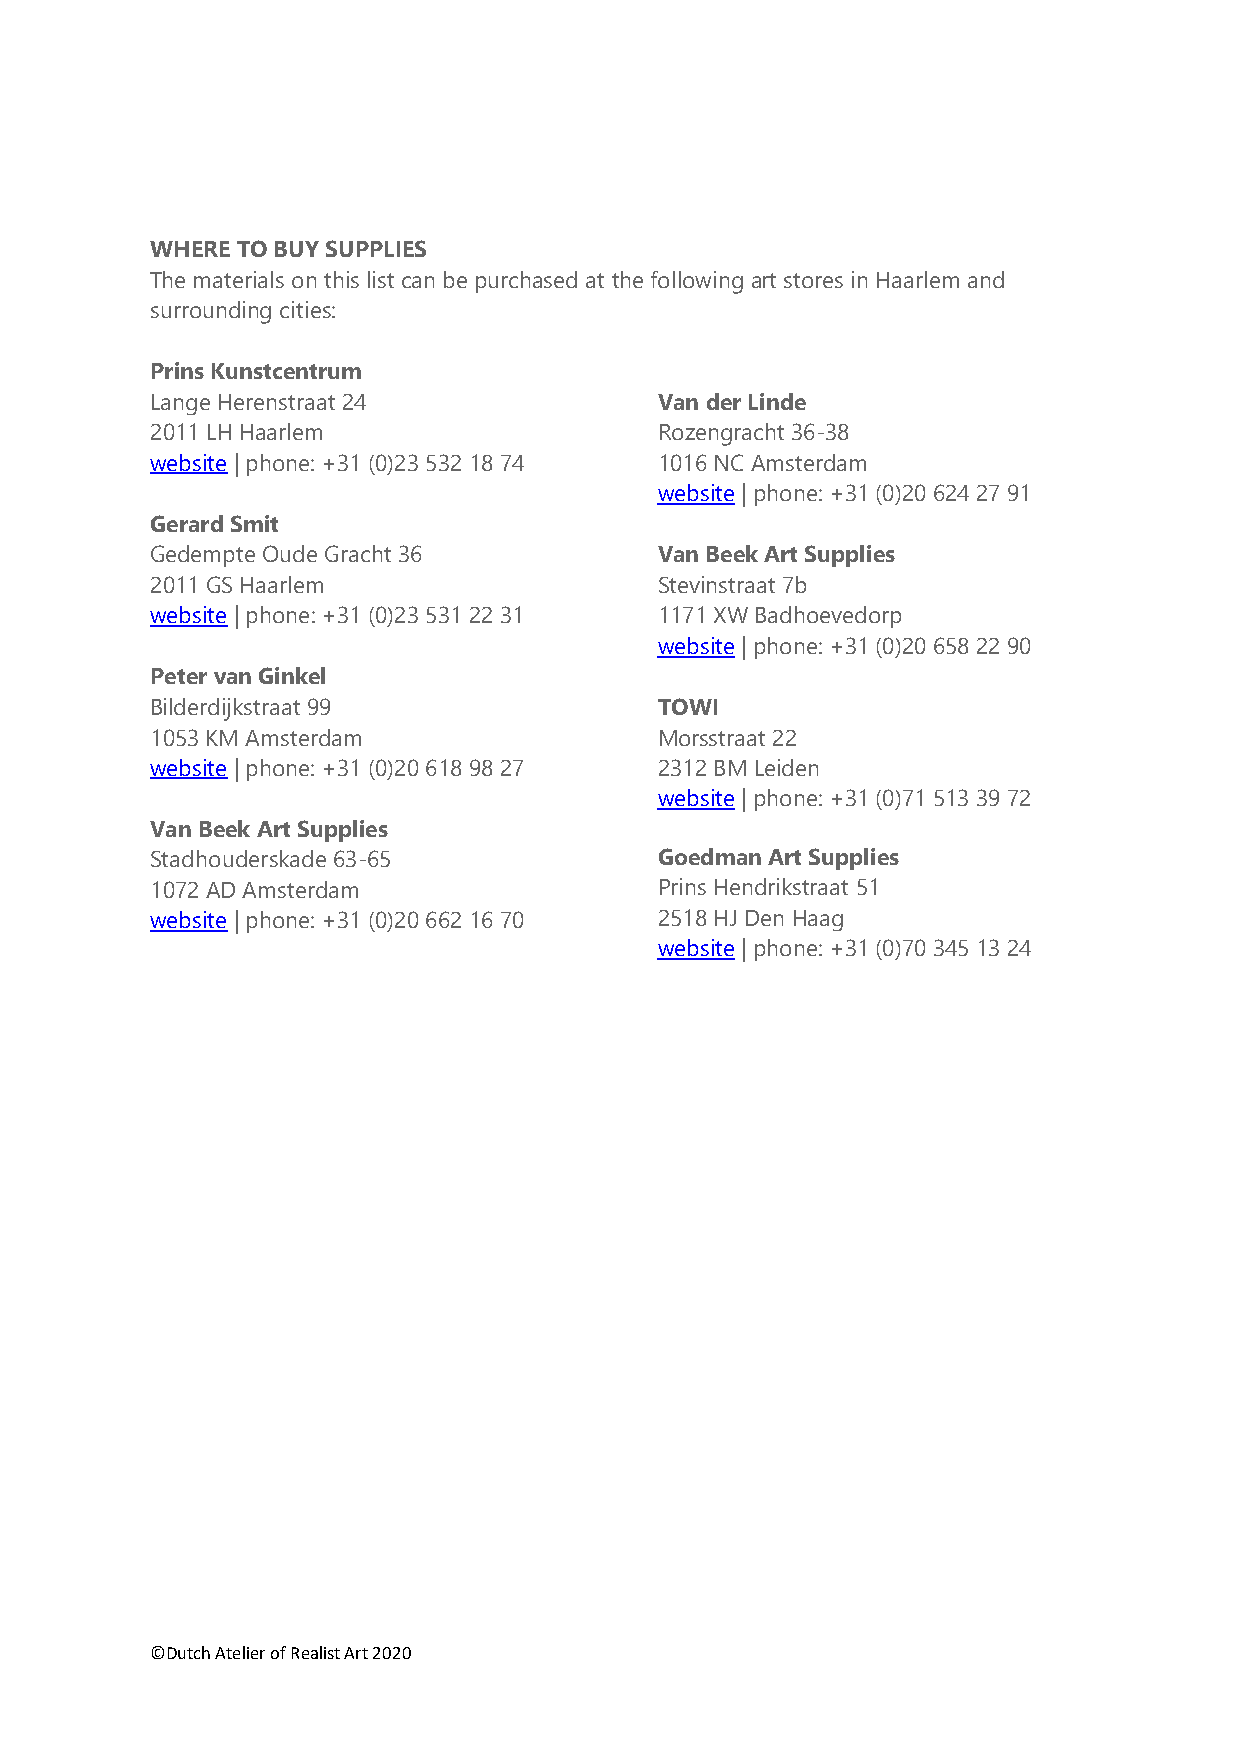
WHERE TO BUY SUPPLIES
 The materials on this list can be purchased at the following art stores in Haarlem and
 surrounding cities:
 Prins Kunstcentrum
 Lange Herenstraat 24              Van der Linde
 2011 LH Haarlem                   Rozengracht 36-38
 website | phone: +31 (0)23 532 18 74 1016 NC Amsterdam
 website | phone: +31 (0)20 624 27 91
 Gerard Smit
 Gedempte Oude Gracht 36           Van Beek Art Supplies
 2011 GS Haarlem                   Stevinstraat 7b
 website | phone: +31 (0)23 531 22 31 1171 XW Badhoevedorp
 website | phone: +31 (0)20 658 22 90
 Peter van Ginkel
 Bilderdijkstraat 99               TOWI
 1053 KM Amsterdam                 Morsstraat 22
 website | phone: +31 (0)20 618 98 27 2312 BM Leiden
 website | phone: +31 (0)71 513 39 72
 Van Beek Art Supplies
 Stadhouderskade 63-65             Goedman Art Supplies
 1072 AD Amsterdam                 Prins Hendrikstraat 51
 website | phone: +31 (0)20 662 16 70 2518 HJ Den Haag
 website | phone: +31 (0)70 345 13 24
 ©Dutch Atelier of Realist Art 2020